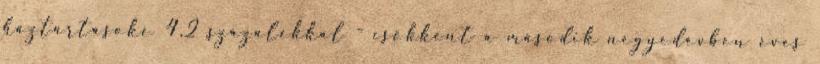
háztartásoké 4,2 százalékkal - csökkent a második negyedévben éves